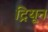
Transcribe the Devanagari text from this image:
ट्रियून